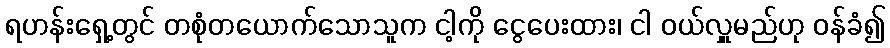
ရဟန်းရှေ့တွင် တစုံတယောက်သောသူက ငါ့ကို ငွေပေးထား၊ ငါ ဝယ်လှူမည်ဟု ဝန်ခံ၍